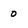
Character: 0